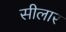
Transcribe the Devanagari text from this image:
सीलार